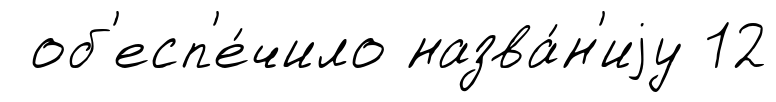
об'есп'е́чило назва́н'иjу 12